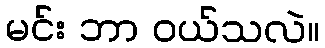
မင်း ဘာ ဝယ်သလဲ။